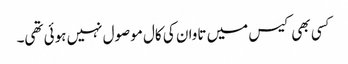
کسی بھی کیس میں تاوان کی کال موصول نہیں ہوئی تھی۔